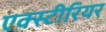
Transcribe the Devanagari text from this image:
एक्स्टीरियर